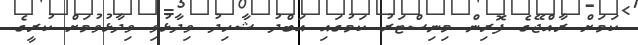
ކަމަށް ރާއްޖޭގެ ފޮރިން މިނިސްޓަރު ކަމުގައި އަބްދު ޝާހިދު ވިދާޅުވި ވިދާޅުވުމަށް ކުރީގެ